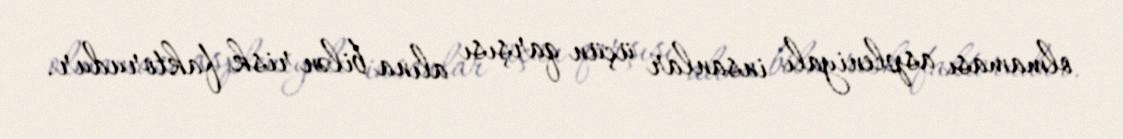
olmaması aspleniyalı insanlar üçün qarşısı alına bilən risk faktorudur.